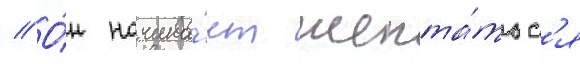
// О́н начина́ет шепта́тьс'я